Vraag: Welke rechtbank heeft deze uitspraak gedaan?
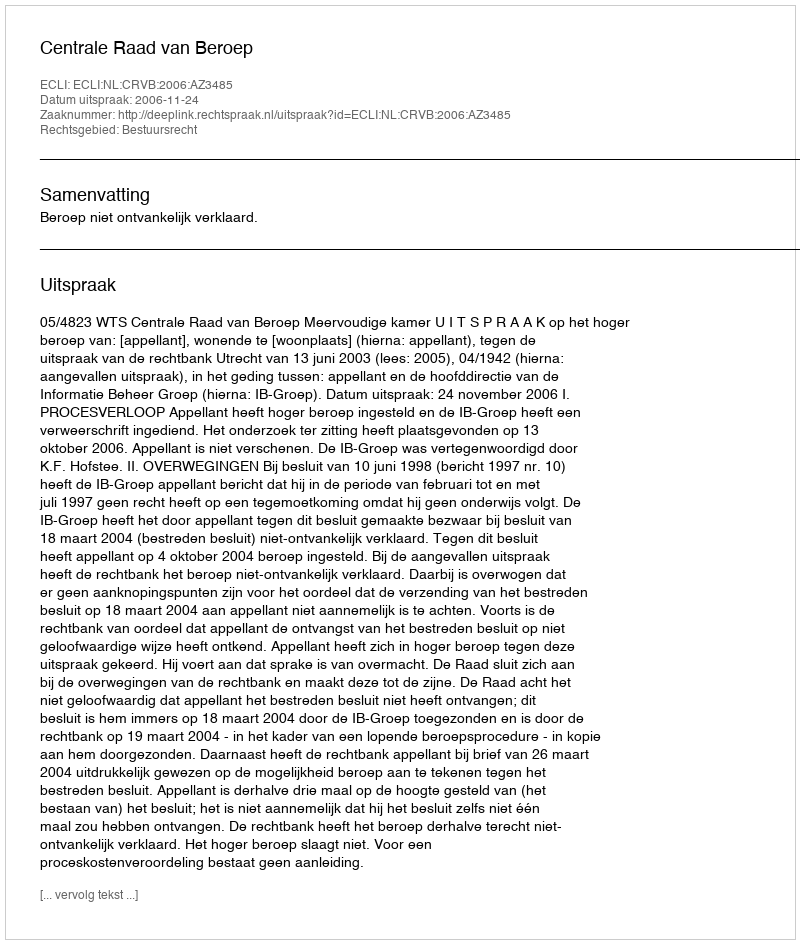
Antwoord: Centrale Raad van Beroep